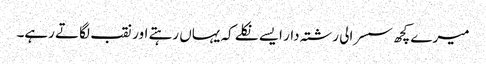
میرے کچھ سسرالی رشتہ دار ایسے نکلے کہ یہاں رہتے اور نقب لگاتے رہے۔